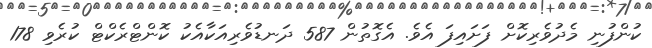
ކުންފުނި މެދުވެރިކޮށް ފަށައިފަ އެވެ. އެގޮތުން 587 ދަނޑުވެރިއަކާއެކު ކޮންޓްރެކްޓް ކުރެވި 178